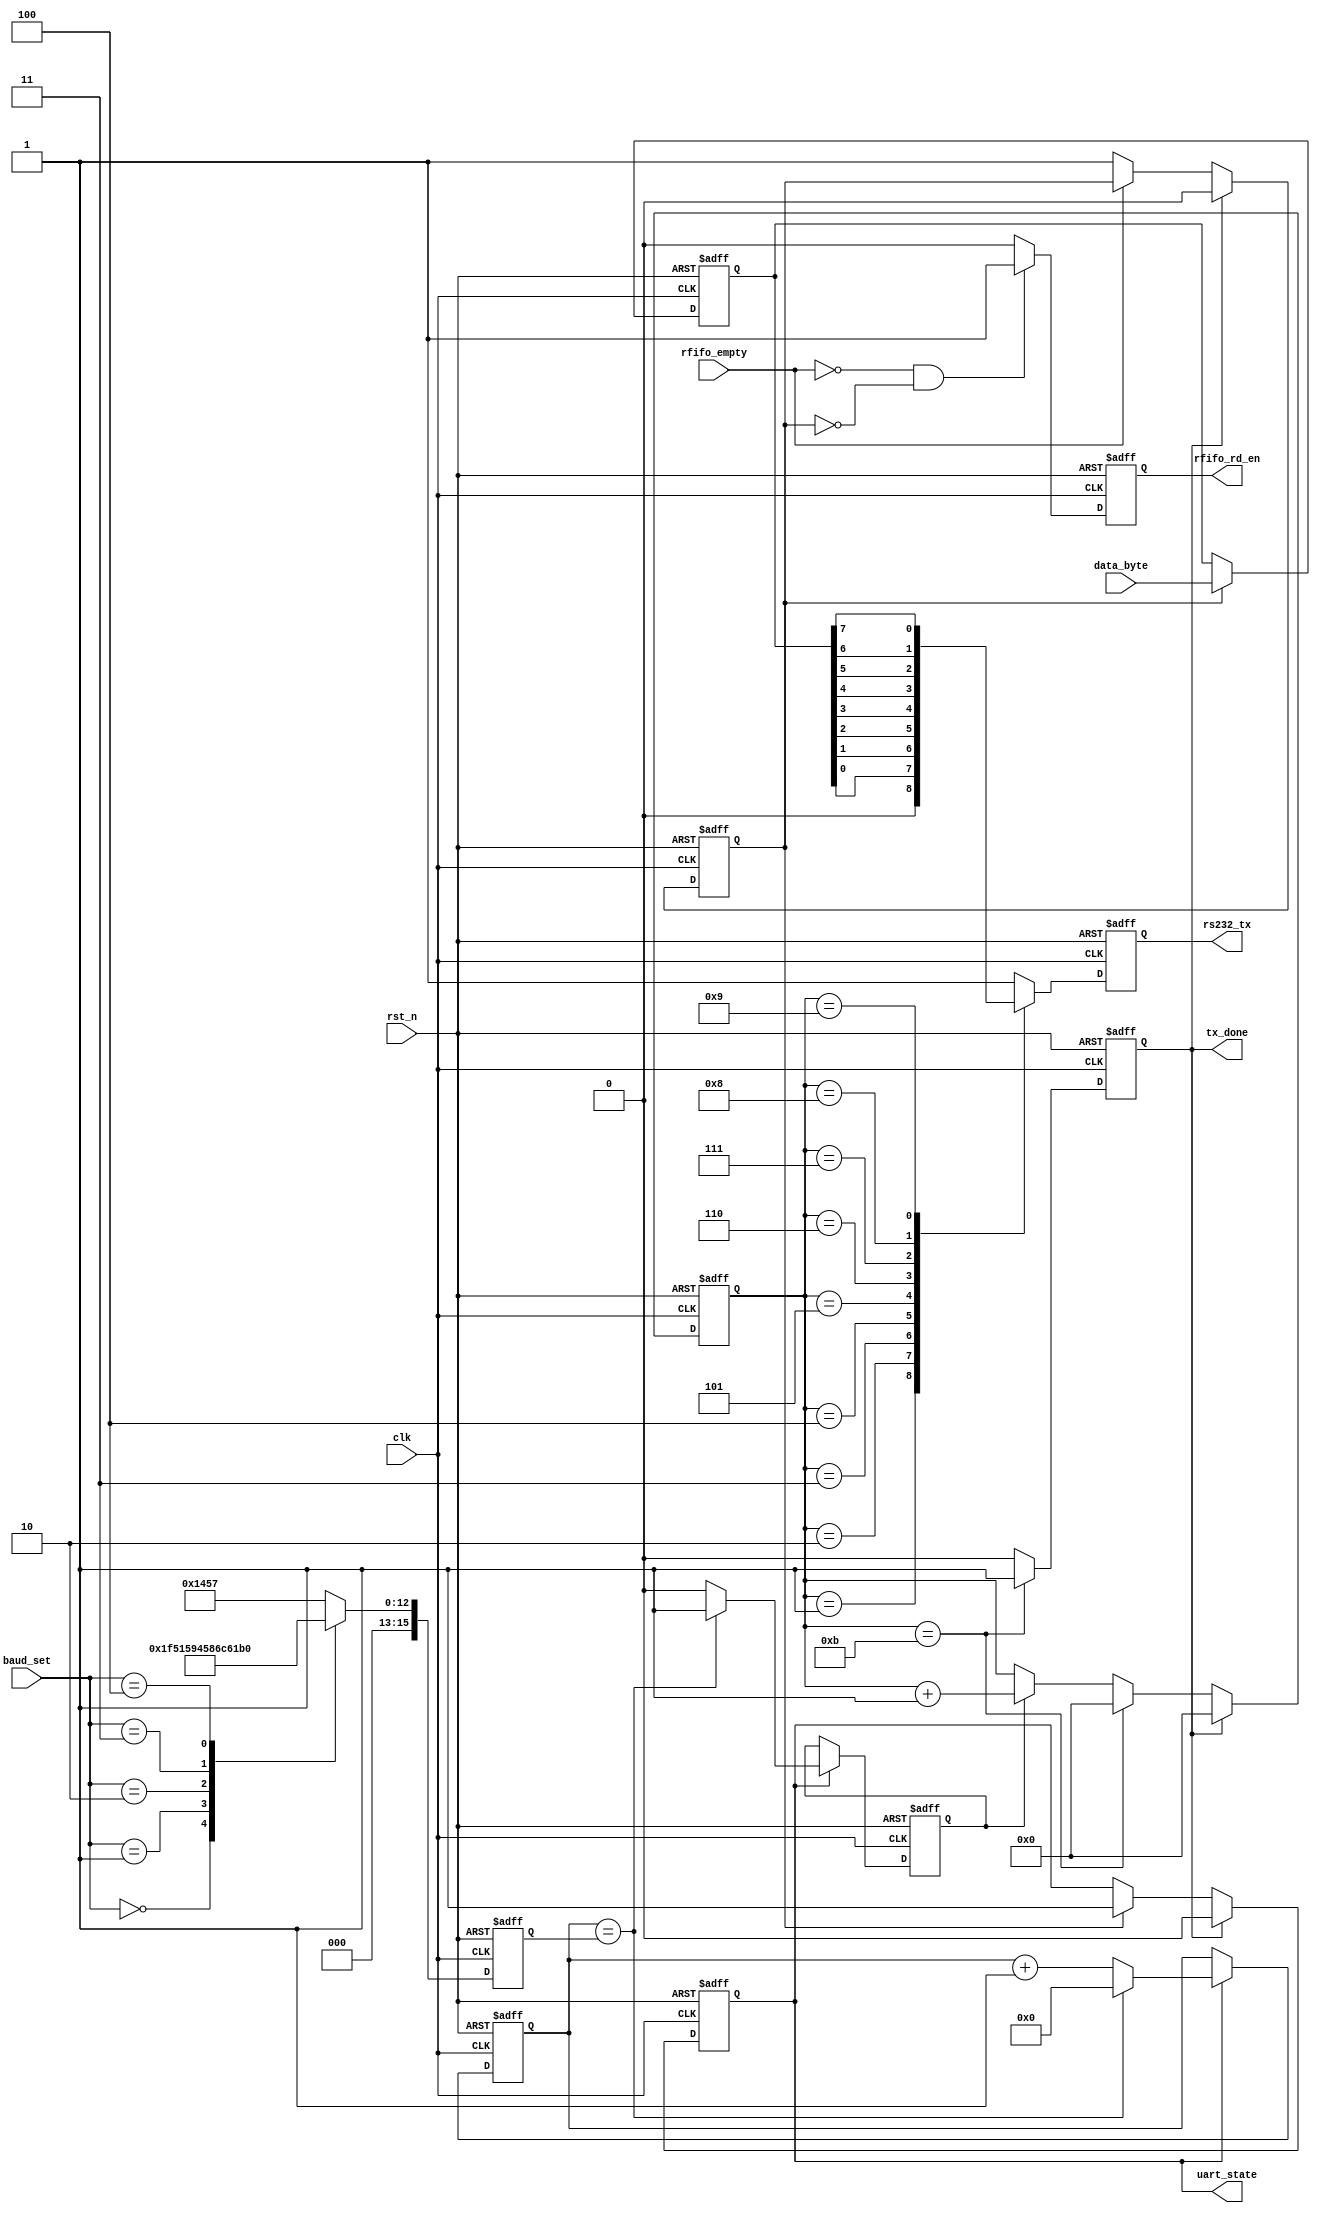
`timescale 1ns / 1ps
//////////////////////////////////////////////////////////////////////////////////
// Company: 
// 
// Design Name: 
// Module Name:    UART_Byte_Tx 
// Project Name: 
// Target Devices: 
// Tool versions: 
// Description: 
//
// Dependencies: 
//
// Revision: 
// Revision 0.01 - File Created
// Additional Comments: 
//
//////////////////////////////////////////////////////////////////////////////////
module Uart_Byte_Tx(
	input 				clk,//50Mhz
	input 				rst_n,
	//input 				send_en,//
	input 		[3:0]	baud_set,//
	input 		[7:0] 	data_byte,//
	output 	reg 		uart_state,//
	output	reg 		tx_done,//
	output 	reg 		rs232_tx,//
    //rfifo
    input               rfifo_empty,
    output  reg         rfifo_rd_en
    //input       [7:0]   rfifo_rd_data
    );

reg         send_en;
reg [15:0] 	bps_DR;//	 
reg 		bps_clk;//bps
reg [15:0] 	div_cnt;//
reg [3:0] 	bps_cnt;//bps
reg [7:0] 	r_data_byte;//
parameter START_BIT = 0,//0
				STOP_BIT = 1;//1
//-------------------------------------------------------
//rfifo_rd_en
always  @(posedge clk or negedge rst_n)begin
    if(rst_n == 1'b0)
        rfifo_rd_en <= 1'b0;
    else if(rfifo_empty == 1'b0 && send_en == 1'b0)
        rfifo_rd_en <= 1'b1;
    else 
        rfifo_rd_en <= 1'b0;
end
//-------------------------------------------------------
//send_en
always  @(posedge clk or negedge rst_n)begin
    if(rst_n == 1'b0)
        send_en <= 1'b0;
    else if(tx_done == 1'b1)
        send_en <= 1'b0;
    else if(rfifo_empty == 1'b0)
        send_en <= 1'b1;
    else 
        send_en <= send_en;
end

//DR_LUT
always @(posedge clk or negedge rst_n)begin
	if(!rst_n)
		bps_DR <= 16'b0;	
	else begin
		case(baud_set)
		//0: bps_DR <= 5207;//bps_9600
		0: bps_DR <= 31;//bps_9600 just test
		1: bps_DR <= 2603;//bps_19200
		2: bps_DR <= 1302;//bps_38400
		3: bps_DR <= 867;//bps_57600
		4: bps_DR <= 432;//bps_115200
		default: bps_DR <= 5207;//bps_9600
		endcase
	end
end

//bps_clk
always @(posedge clk, negedge rst_n)begin
	if(!rst_n)begin
		bps_clk <= 1'b0;
		div_cnt <= 1'b0;
	end
	else if(uart_state)begin
		if(div_cnt == bps_DR)begin
			bps_clk <= 1;
			div_cnt <= 0;
		end
		else begin
			bps_clk <= 0;
			div_cnt <= div_cnt + 1;
		end
	end
end

//bps_cnt
always @(posedge clk or negedge rst_n) begin
	if(!rst_n)
		bps_cnt <= 0;
	else if(tx_done)
		bps_cnt <= 0;
	else begin
		if (bps_cnt == 11)
			bps_cnt <= 0;
		else if(bps_clk)
			bps_cnt <= bps_cnt + 1;
		else 
			bps_cnt <= bps_cnt;
	end
end

//
always @(posedge clk or negedge rst_n)begin
	if(!rst_n)
		r_data_byte <= 8'b0;
	else if(send_en == 1)
		r_data_byte <= data_byte;
end

//
always @(posedge clk or negedge rst_n)begin
	if(!rst_n)
		rs232_tx <= 0;
	else begin
		case(bps_cnt)
		0:rs232_tx <= 1;//1
		1:rs232_tx <= START_BIT;
		2:rs232_tx <= r_data_byte[0];
		3:rs232_tx <= r_data_byte[1];
		4:rs232_tx <= r_data_byte[2];
		5:rs232_tx <= r_data_byte[3];
		6:rs232_tx <= r_data_byte[4];
		7:rs232_tx <= r_data_byte[5];
		8:rs232_tx <= r_data_byte[6];
		9:rs232_tx <= r_data_byte[7];
		10:rs232_tx <= STOP_BIT;
		default:rs232_tx <= 1;
		endcase
	end
end

//tx_done
always @(posedge clk or negedge rst_n)begin
	if(!rst_n)
		tx_done <= 0;
	else if(bps_cnt == 11)
		tx_done <= 1;
	else
		tx_done <= 0;
end

//UART_state10
always @(posedge clk or negedge rst_n)begin
	if(!rst_n)
		uart_state <= 0;
	else if(tx_done)
		uart_state <= 0;
	else if(send_en)
		uart_state <= 1;
	else 
		uart_state <= uart_state;
end
			
endmodule